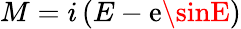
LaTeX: M=i\left(E-\mathrm{e}\sinE\right)